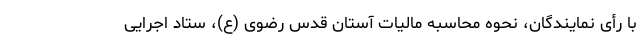
با رأی نمایندگان، نحوه محاسبه مالیات آستان قدس رضوی (ع)، ستاد اجرایی